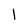
Character: 1